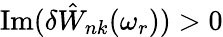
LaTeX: \mathrm{Im}(\delta{\hat{W}}_{nk}(\omega_{r}))>0